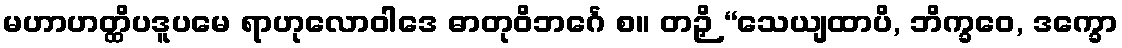
မဟာဟတ္ထိပဒူပမေ ရာဟုလောဝါဒေ ဓာတုဝိဘင်္ဂေ စ။ တဉှိ “သေယျထာပိ, ဘိက္ခဝေ, ဒက္ခော